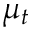
\mu _ { t }